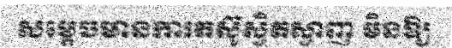
សម្តេចមានការតស៊ូស្វិតស្វាញ មិនឱ្យ